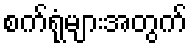
စက်ရုံများအတွက်